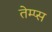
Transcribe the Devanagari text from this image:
तेम्प्स